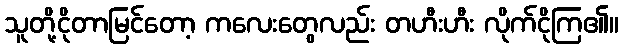
သူတို့ငိုတာမြင်တော့ ကလေးတွေလည်း တဟီးဟီး လိုက်ငိုကြ၏။